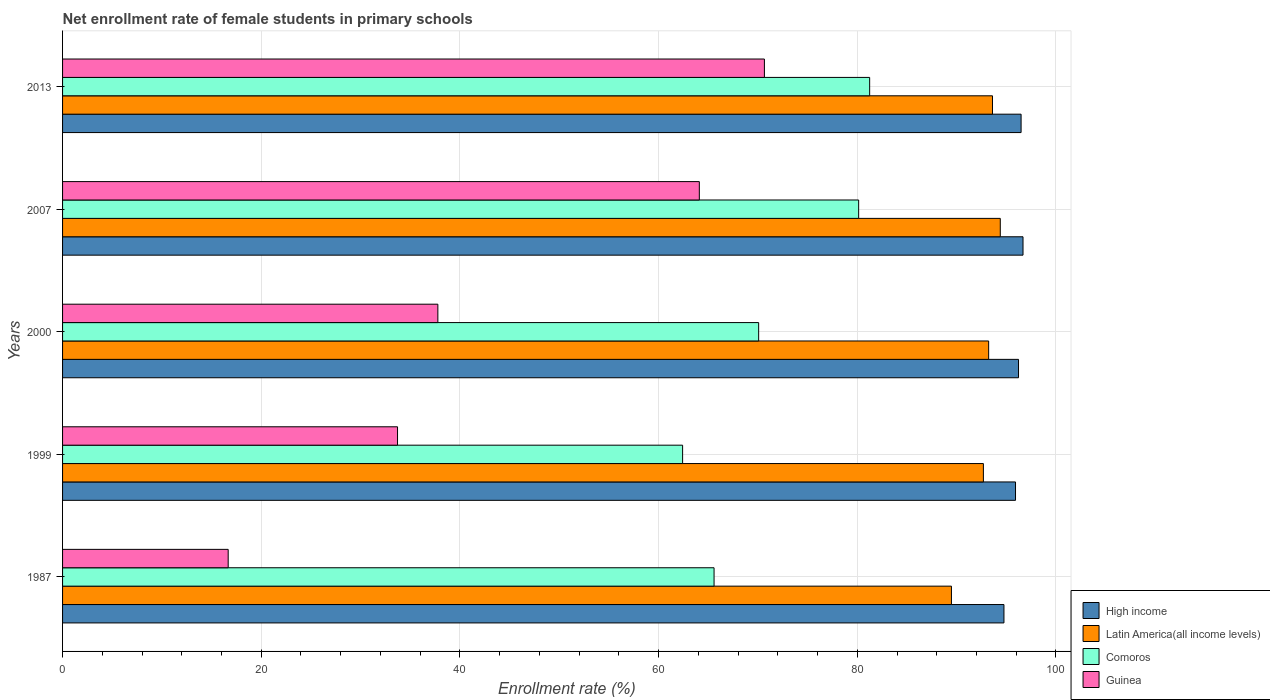
| Years | High income | Latin America(all income levels) | Comoros | Guinea |
 | --- | --- | --- | --- | --- |
 | 1987 | 94.8 | 89.5 | 65.6 | 16.7 |
 | 1999 | 95.9 | 92.7 | 62.4 | 33.7 |
 | 2000 | 96.2 | 93.2 | 70.1 | 37.8 |
 | 2007 | 96.7 | 94.4 | 80.1 | 64.1 |
 | 2013 | 96.5 | 93.6 | 81.2 | 70.6 |